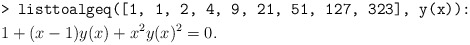
\begin{align*} &\texttt{> listtoalgeq([1, 1, 2, 4, 9, 21, 51, 127, 323], y(x)):}\\ & 1 + (x - 1)y(x) + x^2y(x)^2 = 0.\end{align*}